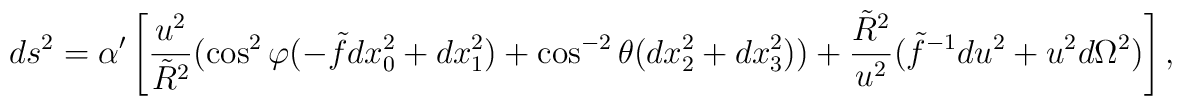
ds^2= \alpha'\left [\frac{u^2}{\tilde{R}^2}(\cos^{2}\varphi (- \tilde{f}dx_0^2 + dx_1^2) +  \cos^{-2}\theta (dx_2^2+dx_3^2)) + \frac{\tilde{R}^2}{u^2}(\tilde{f}^{-1}du^2 +u^2 d\Omega^2)\right],